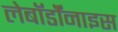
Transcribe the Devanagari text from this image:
लेबॉर्डॉनाइस